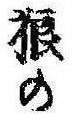
狼の